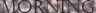
MORNING